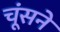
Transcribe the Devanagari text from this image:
चूंसने